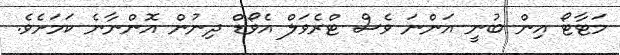
މަޓާޓޯ އިން ބުނީ އަންނަ ވެސް ޓްރެވަލް އެވޯޑް ދިނުން އޮންނާނެ ކަމަށެވެ.